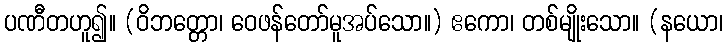
ပဏီတဟူ၍။ (ဝိဘတ္တော၊ ဝေဖန်တော်မူအပ်သော။) ဧကော၊ တစ်မျိုးသော။ (နယော၊